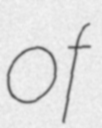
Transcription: of